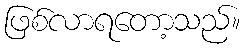
ဖြစ်လာရတော့သည်။